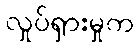
လှုပ်ရှားမှုက